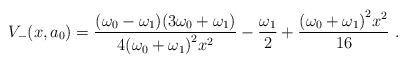
\begin{align*}V_-(x,a_0)=\frac{(\omega_0-\omega_1)(3\omega_0+\omega_1)}{4{(\omega_0+\omega_1)}^2 x^2} - \frac{\omega_1}{2}+\frac{{(\omega_0+\omega_1)}^2 x^2}{16}~.\end{align*}